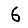
Digit: 6